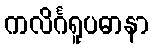
ကလိင်္ဂရူပဓာနာ